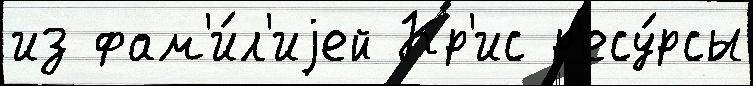
из фам'и́л'иjей Кр'ис р'есу́рсы